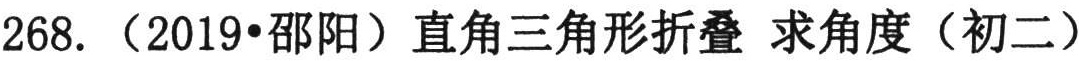
268. （2019•邵阳）直角三角形折叠 求角度（初二）